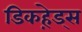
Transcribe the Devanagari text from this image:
डिकहे़ड्स